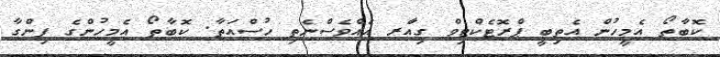
ކޮބާތޯ އެމީހުން އެތިބީ ޕްރޮޓެކްޓިވް ގިއާަރ އެއްވެސްނެތި ހުސްއަތާ. ކޮބާތޯ އެމީހުންގެ ފިންގާ